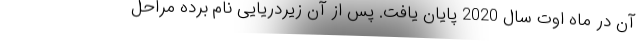
آن در ماه اوت سال 2020 پایان یافت. پس از آن زیردریایی نام برده مراحل